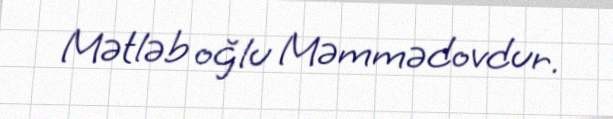
Mətləb oğlu Məmmədovdur.